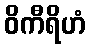
ဝိကီရိဟံ